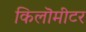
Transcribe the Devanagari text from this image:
किलॊमीटर